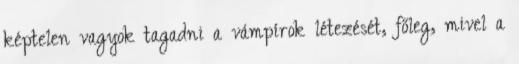
képtelen vagyok tagadni a vámpírok létezését, főleg, mivel a